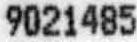
9021485